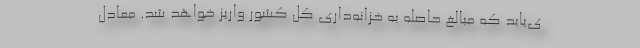
ی‌یابد که مبالغ حاصله به خزانه‌داری کل کشور واریز خواهد شد. معادل